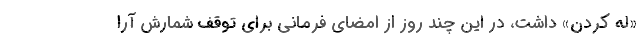
«له کردن» داشت، در این چند روز از امضای فرمانی برای توقف شمارش آرا